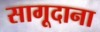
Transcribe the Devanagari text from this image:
सागूदाना